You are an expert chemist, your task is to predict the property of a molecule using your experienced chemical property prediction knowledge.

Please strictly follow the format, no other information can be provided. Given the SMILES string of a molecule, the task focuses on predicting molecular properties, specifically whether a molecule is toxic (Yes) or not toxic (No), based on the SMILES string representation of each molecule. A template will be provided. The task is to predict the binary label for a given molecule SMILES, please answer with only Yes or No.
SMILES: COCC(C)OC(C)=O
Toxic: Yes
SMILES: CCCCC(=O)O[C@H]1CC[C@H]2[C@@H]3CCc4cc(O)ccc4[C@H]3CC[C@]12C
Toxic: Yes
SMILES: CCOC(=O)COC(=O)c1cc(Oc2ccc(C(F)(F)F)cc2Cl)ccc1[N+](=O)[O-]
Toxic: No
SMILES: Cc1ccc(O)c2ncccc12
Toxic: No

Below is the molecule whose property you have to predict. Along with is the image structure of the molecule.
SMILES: CSC(=O)c1cccc2nnsc12
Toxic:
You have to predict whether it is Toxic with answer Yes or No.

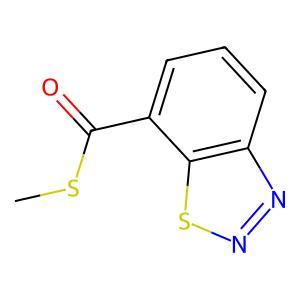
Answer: No